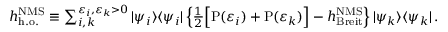
\begin{array} { r } { h _ { \mathrm { h . o . } } ^ { \mathrm { N M S } } \equiv \sum _ { i , k } ^ { \varepsilon _ { i } , \varepsilon _ { k } > 0 } | \psi _ { i } \rangle \langle \psi _ { i } | \left\{ \frac { 1 } { 2 } \Big [ \mathrm { P } ( \varepsilon _ { i } ) + \mathrm { P } ( \varepsilon _ { k } ) \Big ] - h _ { \mathrm { B r e i t } } ^ { \mathrm { N M S } } \right\} | \psi _ { k } \rangle \langle \psi _ { k } | \, . } \end{array}